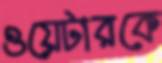
ওয়েটারকে